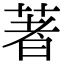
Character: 著